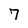
Character: 7